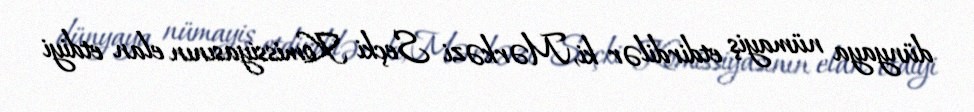
dünyaya nümayiş etdirdilər ki, Mərkəzi Seçki Komissiyasının elan etdiyi